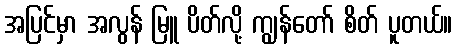
အပြင်မှာ အလွန် မြူ ပိတ်လို့ ကျွန်တော် စိတ် ပူတယ်။